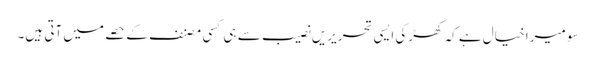
سو میرا خیال ہے کہ کھڑکی ایسی تحریریں نصیب سے ہی کسی مصنف کے حصے میں آتی ہیں۔